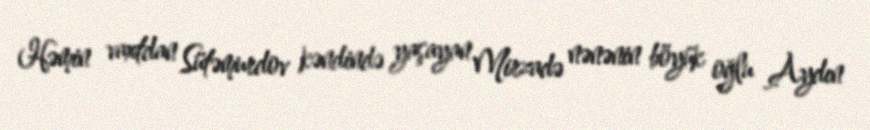
Həmin vaxtdan Sütəmurdov kəndində yaşayan Mirzadə nənənin böyük oğlu Aydın